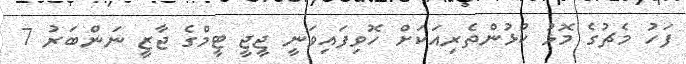
ފަހު މެޗުގެ މޮޅު ކުޅުންތެރިއަކަށް ހޮވިފައިވަނީ ޖީޖީ ޓީމްގެ ޖާޒީ ނަންބަރު 7